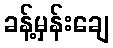
ခန့်မှန်းချေ